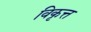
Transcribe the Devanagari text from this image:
विकृत्त